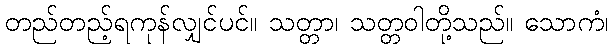
တည်တည့်ရကုန်လျှင်ပင်။ သတ္တာ၊ သတ္တဝါတို့သည်။ သောကံ၊